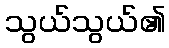
သွယ်သွယ်၏